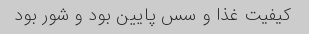
کیفیت غذا و سس پایین بود و شور بود